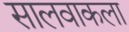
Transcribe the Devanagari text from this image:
सालवाकला